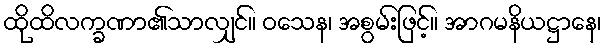
ထိုထိလက္ခဏာ၏သာလျှင်။ ဝသေန၊ အစွမ်းဖြင့်။ အာဂမနိယဋ္ဌာနေ၊